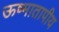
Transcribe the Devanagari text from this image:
ऊष्मातापीय